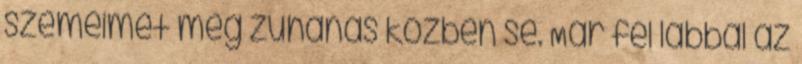
szemeimet még zuhanás közben se. Már fél lábbal az